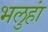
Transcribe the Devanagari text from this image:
भलुहां